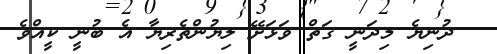
ދުނިޔެ މިދަނީ ގަތް ވަޅަށޭ ލިޔުންތެރިޔާ އެ ބުނީ ކީއްވެ